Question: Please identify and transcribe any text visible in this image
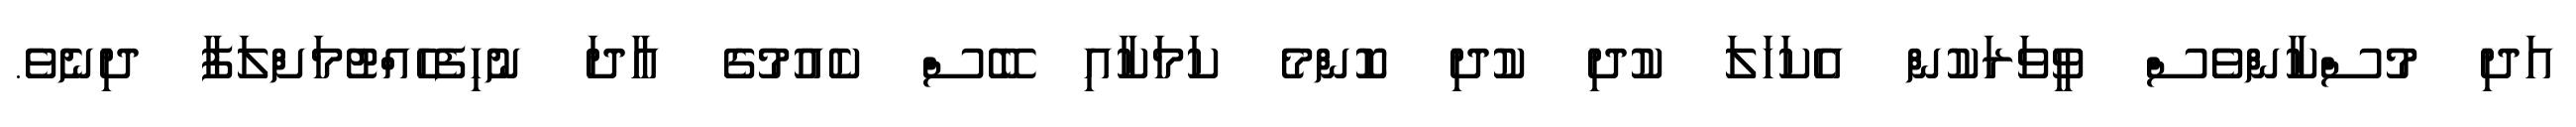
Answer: އަދި މުސްކާންވެސް ވީވަރަކުން އެކަހަލަ ކުދި ކުދި ކޮންމެ ކަމަކާއި ބޭސް ކެއުމުގެ އާދަ ނުހިފެހެއްޓުމަށްލަފާ ދިނެވެ.